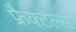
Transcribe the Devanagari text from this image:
फ्रैक्टल्स